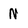
Character: N